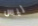
ليس